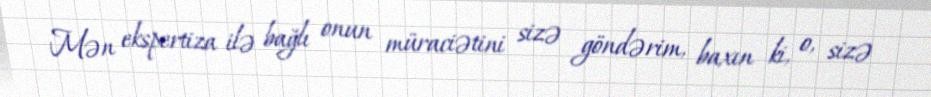
Mən ekspertiza ilə bağlı onun müraciətini sizə göndərim, baxın ki, o, sizə